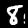
Digit: 8